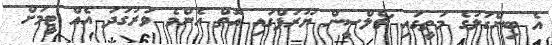
އެ ބިންގަލުގެ މަތީގައި ޗެލްސީން ޔޫރަޕްގައި އޮތް އެންމެ ވަރުގަދަ އެއް ޓީމަށް